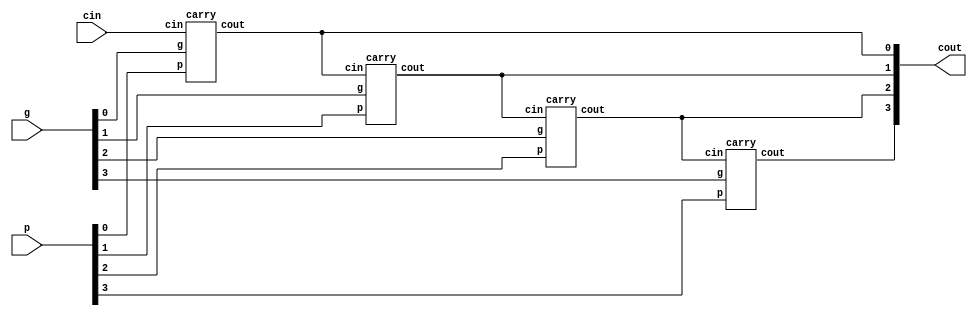
module carry_lookahead_unit(
  cin,
  g,
  p,

  cout
);

  // Default word length = 4
  parameter W = 4;


  // Input & Output
  input cin;
  input [W-1:0] g;
  input [W-1:0] p;

  output [W-1:0] cout;


  // Generate cout.
  genvar i;
  generate for(i = 0; i < W; i=i+1)
  begin:cablock
    if (i == 0)
      begin
        carry ca(
          .cin(cin),
          .g(g[i]),
          .p(p[i]),
          .cout(cout[i])
        );
      end
    else
      begin
        carry ca(
          .cin(cout[i-1]),
          .g(g[i]),
          .p(p[i]),
          .cout(cout[i])
        );
      end
  end
  endgenerate

endmodule



module carry(
  input cin,
  input g,
  input p,

  output reg cout
);

  // Generate carry from carry generate and propagate.
  always @(*)
    begin
      cout = g | (p & cin);
    end

endmodule